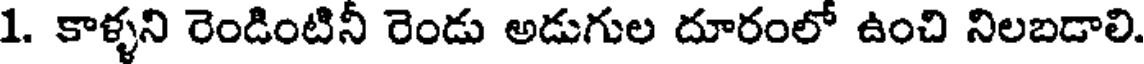
1. కాళ్ళని రెండింటినీ రెండు అడుగుల దూరంలో ఉంచి నిలబడాలి.